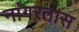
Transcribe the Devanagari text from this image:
नांगरतास